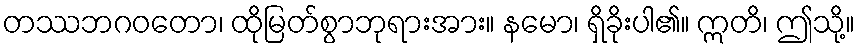
တဿဘဂဝတော၊ ထိုမြတ်စွာဘုရားအား။ နမော၊ ရှိခိုးပါ၏။ ဣတိ၊ ဤသို့။